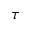
\tau